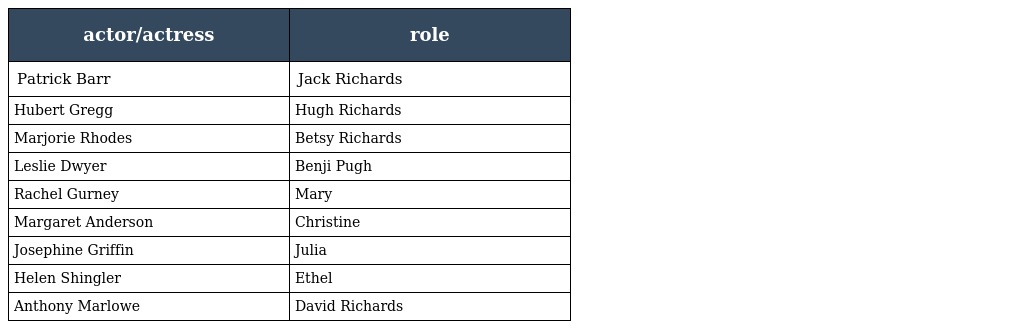
| actor/actress | role |
 | --- | --- |
 | Patrick Barr | Jack Richards |
 | Hubert Gregg | Hugh Richards |
 | Marjorie Rhodes | Betsy Richards |
 | Leslie Dwyer | Benji Pugh |
 | Rachel Gurney | Mary |
 | Margaret Anderson | Christine |
 | Josephine Griffin | Julia |
 | Helen Shingler | Ethel |
 | Anthony Marlowe | David Richards |